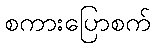
စကားပြောစက်